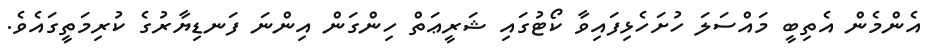
އެންމެން އެތިބީ މައްސަލަ ހުށަހެޅިފައިވާ ކޯޓުގައި ޝަރީޢަތް ހިންގަން އިންނަ ފަނޑިޔާރުގެ ކުރިމަތީގައެވެ.